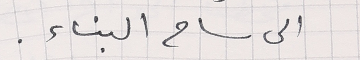
الى ساح البناء.